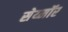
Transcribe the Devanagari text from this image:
सेय्मॉर